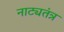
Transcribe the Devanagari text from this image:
नाट्यतंत्र